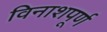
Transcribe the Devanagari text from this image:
विनाशपूर्ण